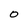
Character: 0